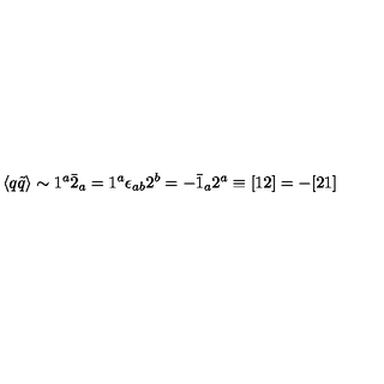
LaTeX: \langle q \tilde { q } \rangle \sim 1 ^ { a } \bar { 2 } _ { a } = 1 ^ { a } \epsilon _ { a b } 2 ^ { b } = - \bar { 1 } _ { a } 2 ^ { a } \equiv [ 1 2 ] = - [ 2 1 ]